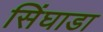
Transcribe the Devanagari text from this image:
सिंघाडा